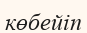
көбейіп